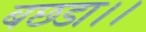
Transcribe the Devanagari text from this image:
बछडा।।